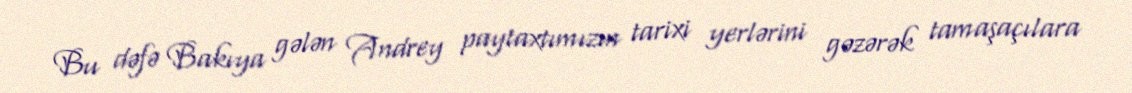
Bu dəfə Bakıya gələn Andrey paytaxtımızın tarixi yerlərini gəzərək tamaşaçılara